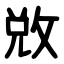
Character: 敚